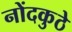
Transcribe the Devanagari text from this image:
नोंदकुठे